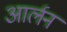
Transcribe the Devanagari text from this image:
आर्लन